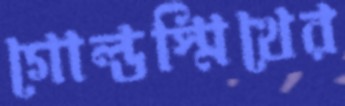
গোল্ডস্মিথের